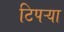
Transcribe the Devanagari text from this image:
टिपऱ्या